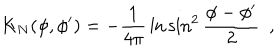
K _ { N } ( \phi , \phi ^ { \prime } ) = - { \frac { 1 } { 4 \pi } } \ln \sin ^ { 2 } { \frac { \phi - \phi ^ { \prime } } { 2 } } ~ ~ ,